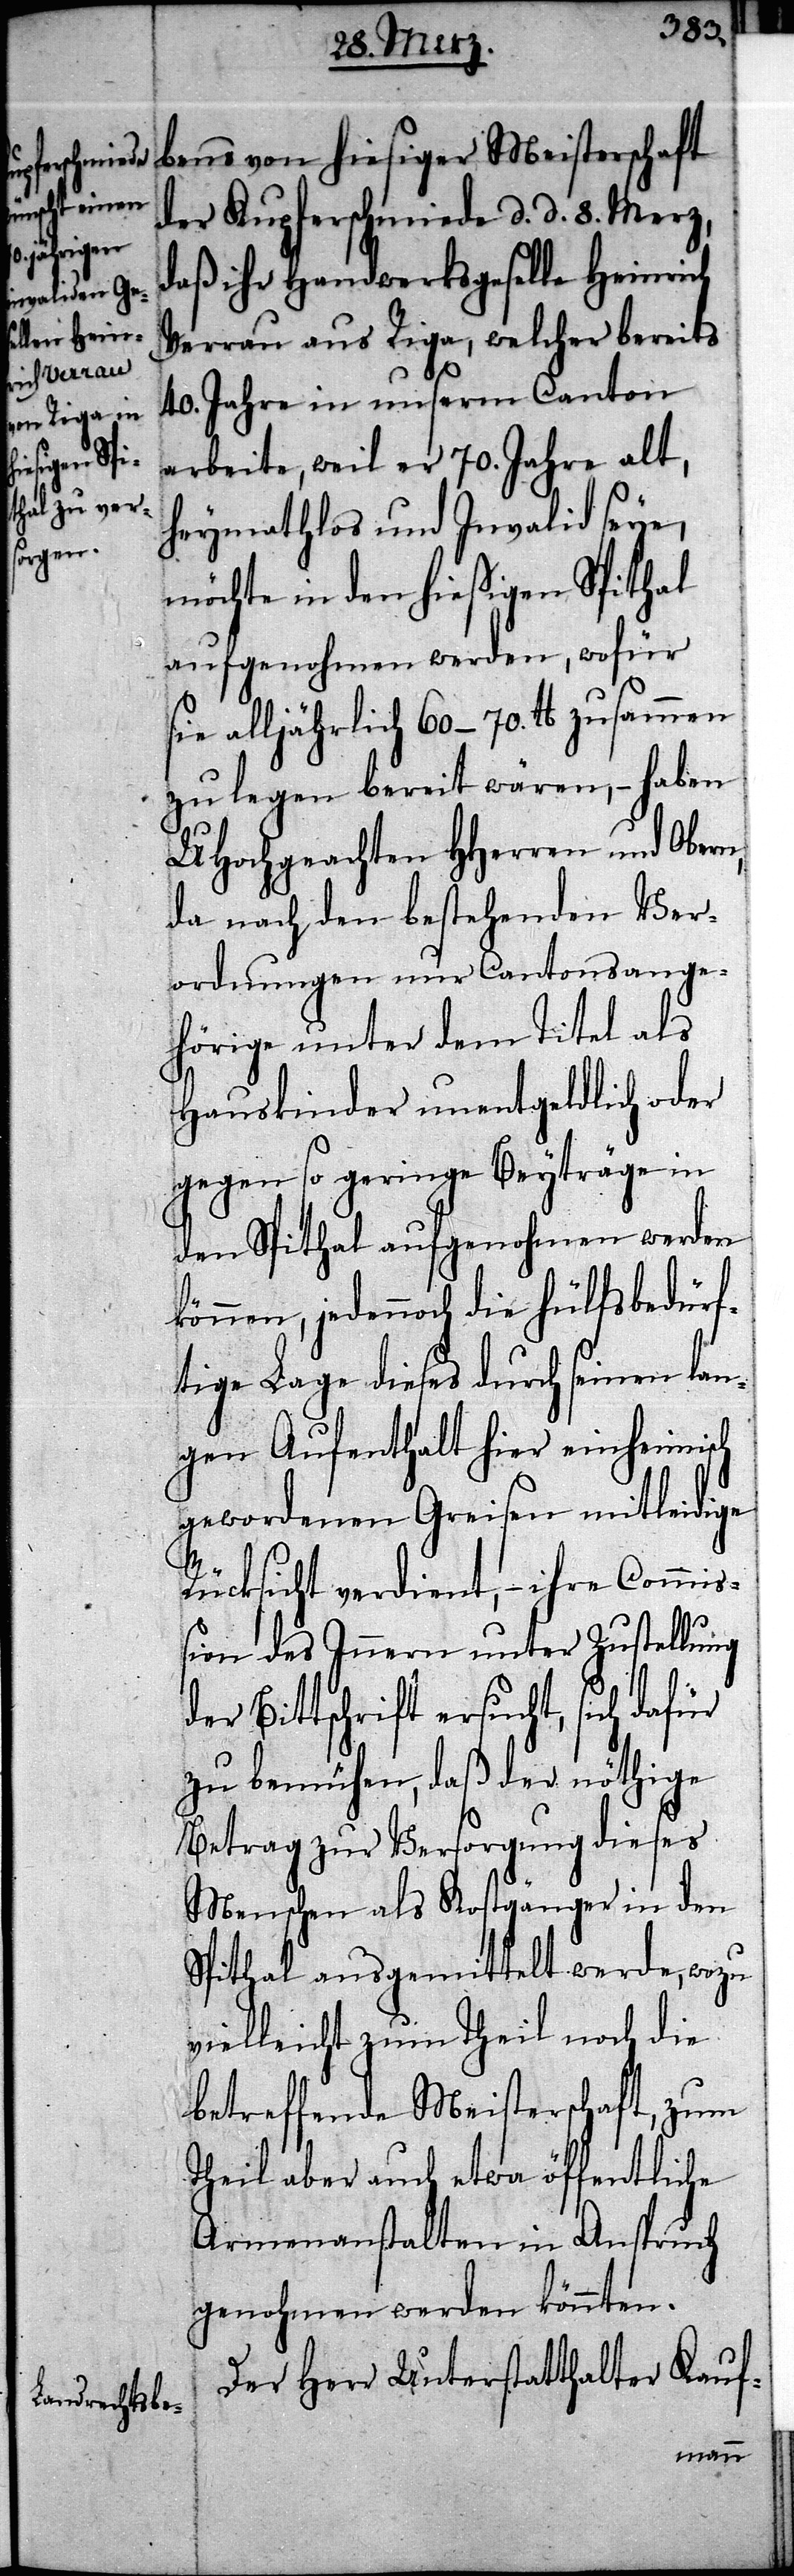
bens von hiesiger Meisterschaft
der Kupferschmiede d. d. 8. Merz,
daß ihr Handwerksgeselle Heinrich
Verrau aus Riga, welcher bereits
40. Jahre in unserm Canton
arbeite, weil er 70. Jahre alt,
heymathlos und Invalid seye,
möchte in den hießigen Spithal
aufgenohmen werden, wofür
sie alljährlich 60–70. lb zusammen
zu legen bereit wären, – haben
UHochgeachten HHerren und Obern,
da nach den bestehenden Ver¬
ordnungen nur Cantonsange¬
hörige unter dem Titel als
Hauskinder unentgeldlich oder
gegen so geringe Beyträge in
den Spithal aufgenohmen werden
können, jedennoch die hülfsbedürf¬
tige Lage dieses durch seinen lan¬
gen Aufenthalt hier einheimisch
gewordenen Greisen mitleidige
Rücksicht verdient, – ihre Commiß¬
ion des Innern unter Zustellung
der Bittschrift ersucht, sich dafür
zu bemühen, daß der nöthige
Betrag zur Versorgung dieses
Menschen als Kostgänger in den
Spithal ausgemittelt werde, wozu
vielleicht zum Theil noch die
betreffende Meisterschaft, zum
Theil aber auch etwa öffentliche
Armenanstalten in Anspruch
genohmen werden könnten.
Der Herr Unterstatthalter Kauf-